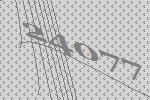
24077